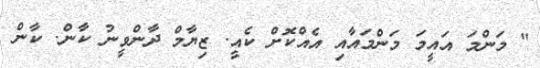
" މަންމަ އައީމަ މަންމައާއި އެއްކޮށް ކެއީ. ޒިޔާމް ދާންވީނު ކާން. ކާން